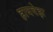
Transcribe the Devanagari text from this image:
हायवेझ